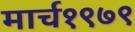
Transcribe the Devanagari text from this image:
मार्च१९७९